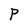
Character: P